DOW-UAP-PR20, Unresolved UAP Report, Kuwait, May 2022
Agency: Department of War
Incident location: Iraq
Page 1
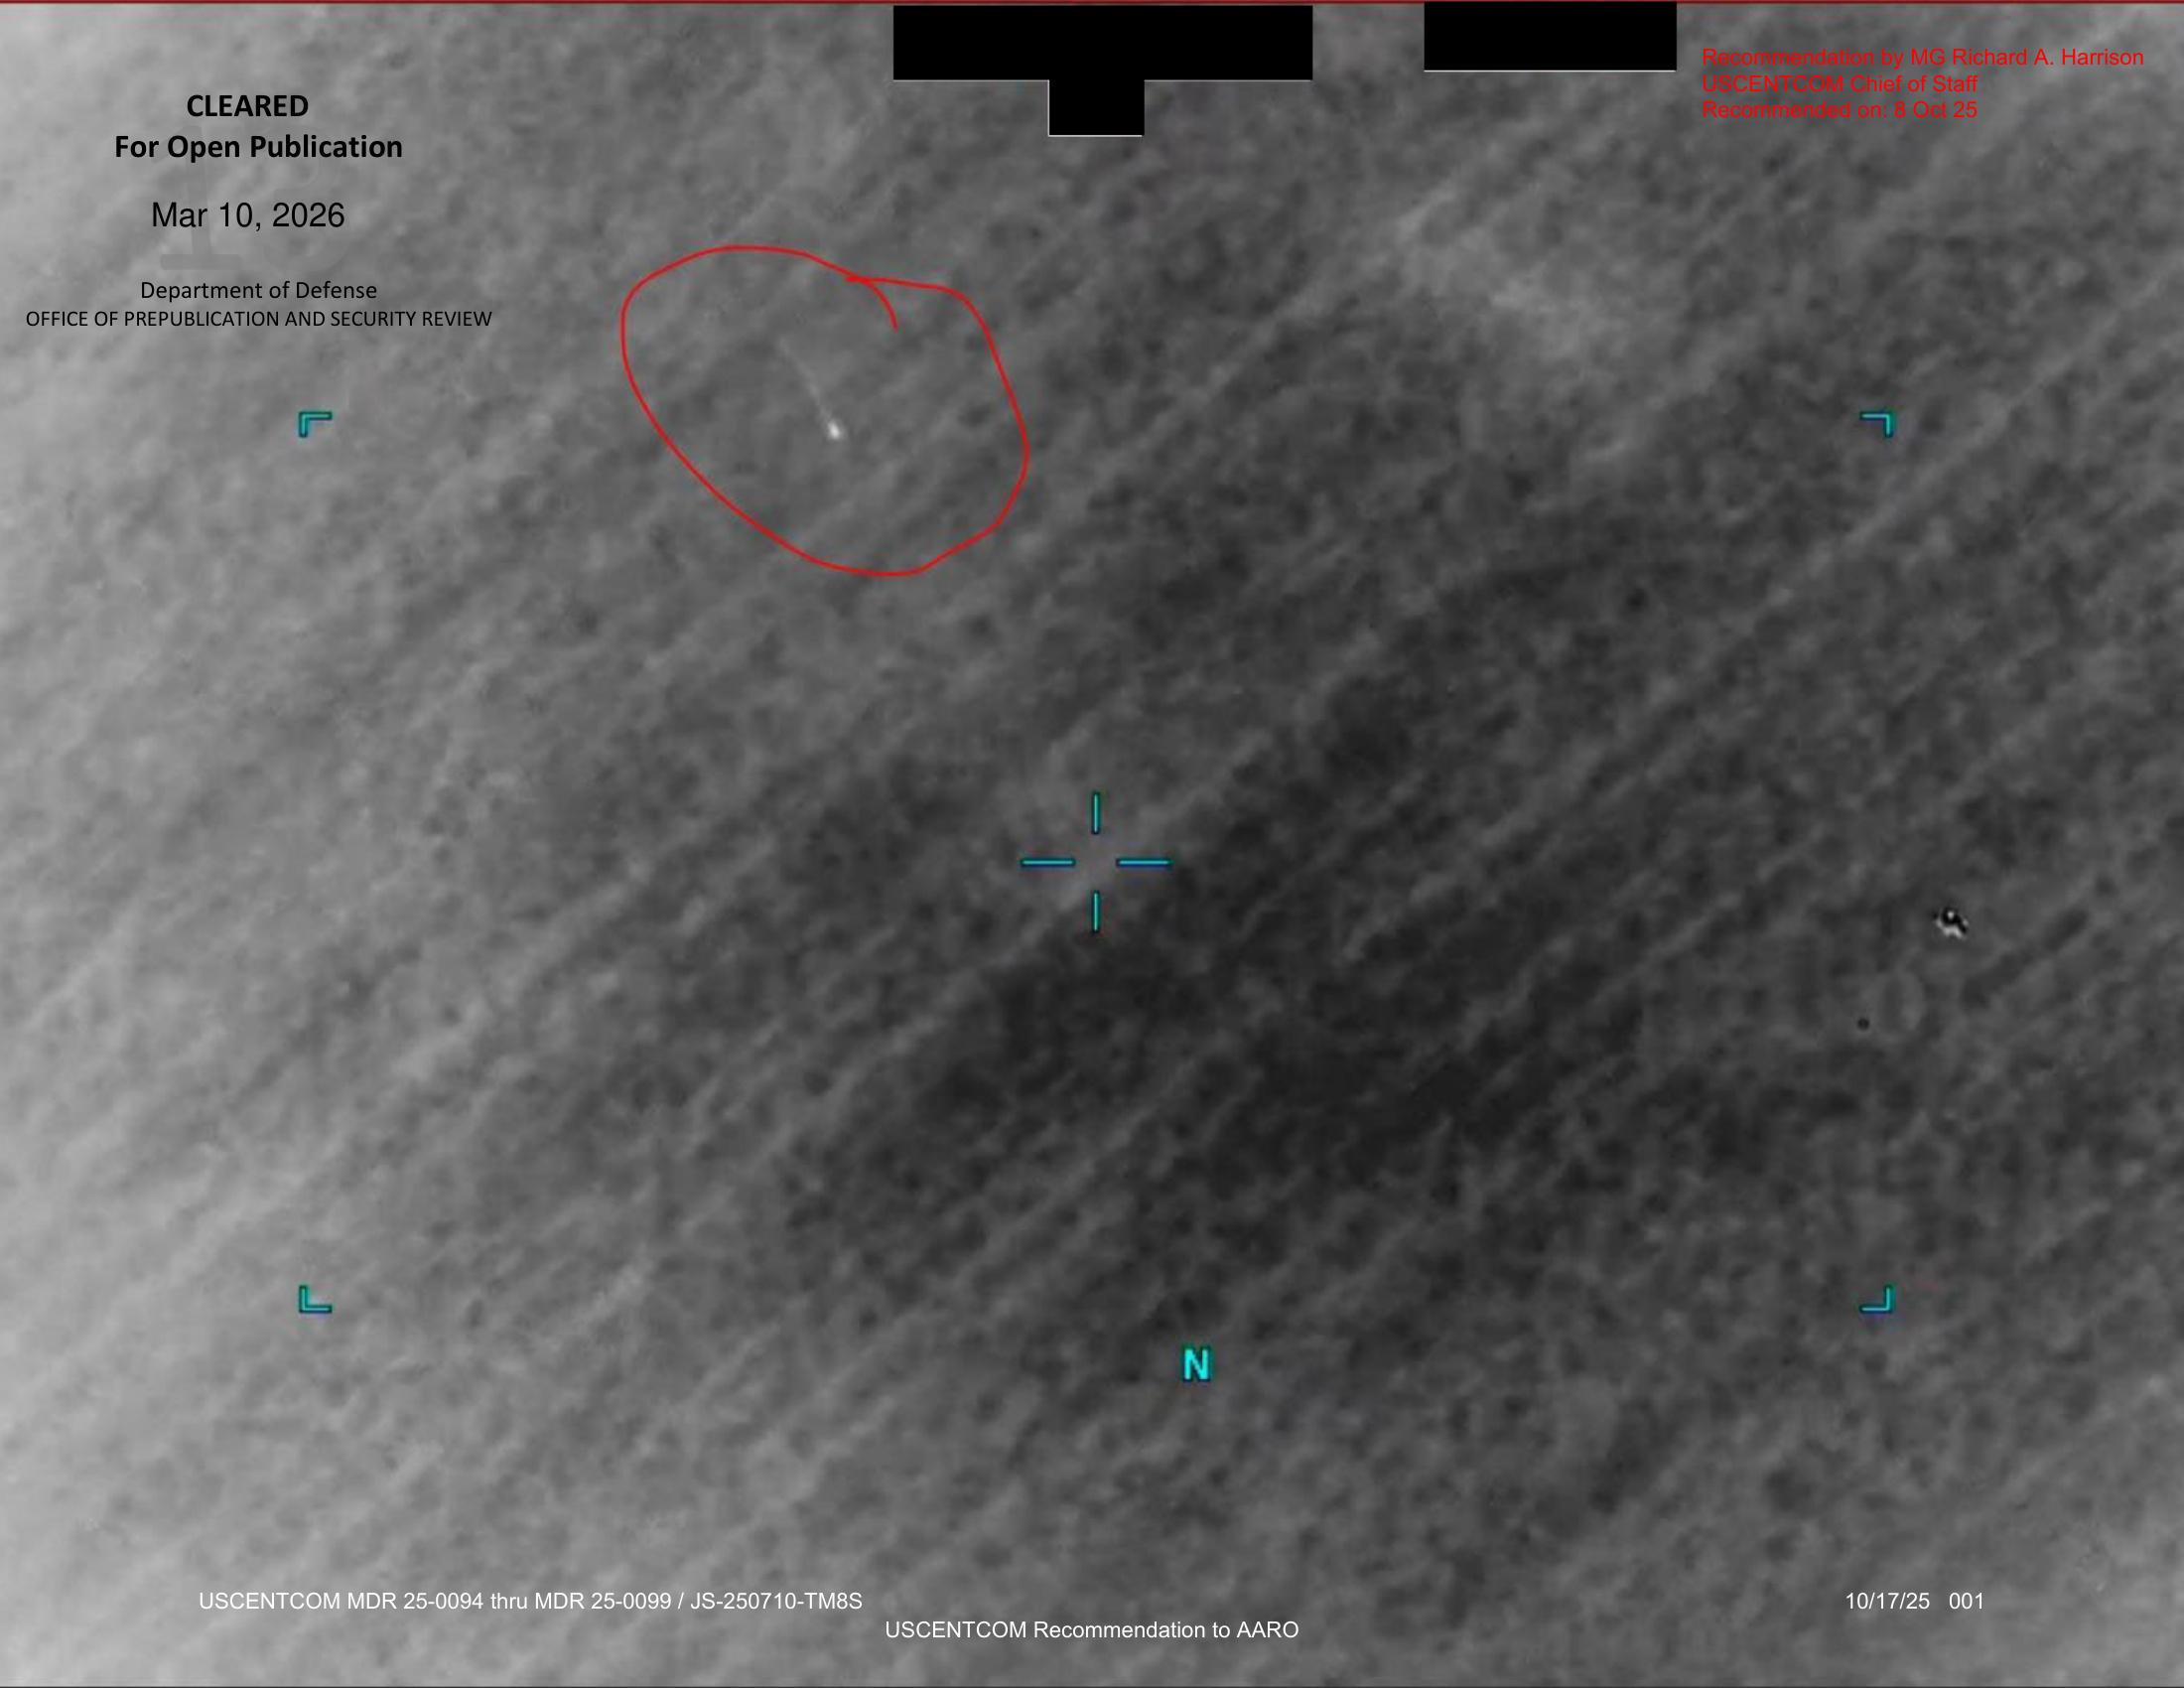